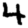
Digit: 4